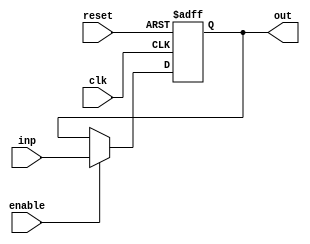
`timescale 1ns / 1ps
//////////////////////////////////////////////////////////////////////////////////
// Company: sharif University
// 
// Design Name: 	 pipe_line_project.
// Module Name:    triStateBuffer
// Project Name:   phase3
// Target Devices: 
// Tool versions: 
// Description: 
//
// Dependencies: 
//
// Revision: 
// Revision 0.01 - File Created
// Additional Comments: 
//
//////////////////////////////////////////////////////////////////////////////////
module triStateBuffer #(parameter WIDTH = 8)
(input clk, reset, enable, input [WIDTH-1:0] inp, output reg [WIDTH-1:0] out);
// it is a bus of triState buffers so the input is a bus.
// and also it returns 0 instead of High ampedance (Z) --> different from triStateBuffer
always @(posedge clk,posedge reset) 
begin
	if(reset)
		begin  
			out <= 0;
		end 
	else 
		if (enable == 1'b1)
		begin
			out <= inp; 	
		end
end  
endmodule